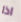
اذا